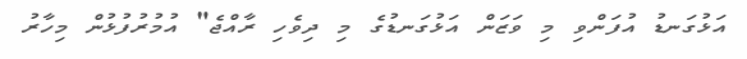
އަޅުގަނޑު އުފަންވި މި ވަޒަން އަޅުގަނޑުގެ މި ދިވެހި ރާއްޖެ" އުމުރުފުޅުން މިހާރު